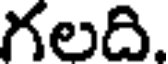
గలది.